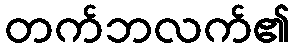
တက်ဘလက်၏